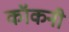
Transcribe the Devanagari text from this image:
कॉकनी